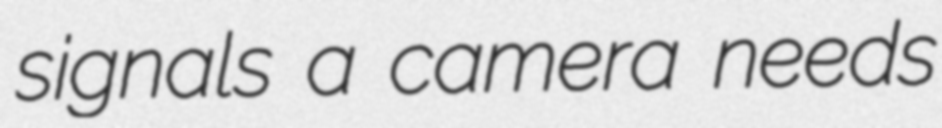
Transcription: signals a camera needs